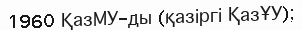
1960 ҚазМУ-ды (қазіргі ҚазҰУ);